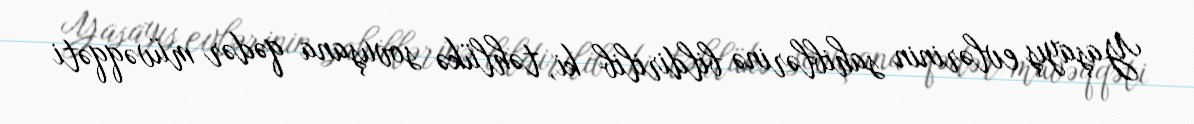
Yaşayış evlərinin sahiblərinə bildirilib ki, təhlükə sovuşana qədər müvəqqəti